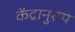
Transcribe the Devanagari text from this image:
केंद्रानुरूप